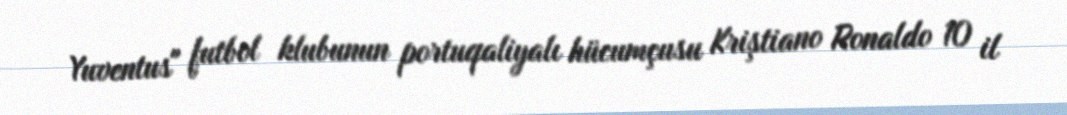
Yuventus" futbol klubunun portuqaliyalı hücumçusu Kriştiano Ronaldo 10 il